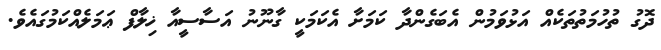
ދޮގު ތުހުމަތުތަކެއް އަޅުވަމުން އެބަގެންދާ ކަމަށާ އެކަމަކީ ގާނޫނު އަސާސީއާ ޚިލާފް ޢަމަލެއްކަމުގައެވެ.